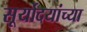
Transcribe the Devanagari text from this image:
सूर्योदयांच्या